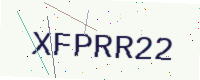
Text: XFPRR22